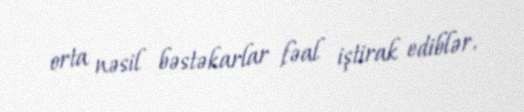
orta nəsil bəstəkarlar fəal iştirak ediblər.